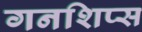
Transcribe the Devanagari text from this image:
गनशिप्स